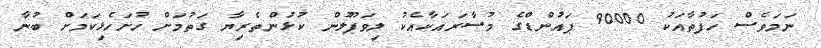
ނަމަވެސް ހަފުތާއަކު 90000 ޕައުންޑްގެ މުސާރައަކާއެކު ލިވަޕޫލުން ކުޅުންތެރިޔާ ގަތުމަށް ހުށަހެޅިކަމަށް ބުނާ